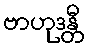
ဗာဟုဒန္တီ